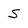
Character: S